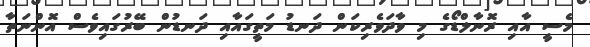
މެސީ އާއި ރޮނާލްޑޯގެ މި ވާދަވެރިކަން ދަނޑު މަތީގައާއި ދަނޑުން ބޭރުގައިވެސް އޮންނަތާ